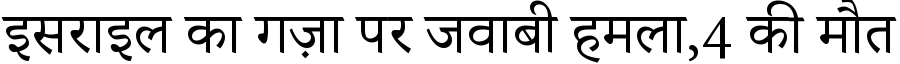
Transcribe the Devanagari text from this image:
इसराइल का गज़ा पर जवाबी हमला,4 की मौत